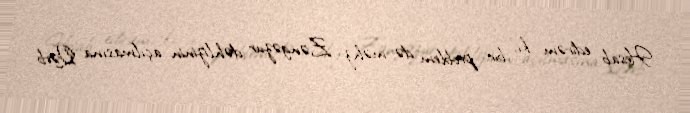
Hesab edirəm ki, bir problem də məhz Zəngəzur dəhlizinin açılmasına Qərb